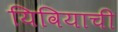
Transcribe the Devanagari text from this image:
यिवियाची